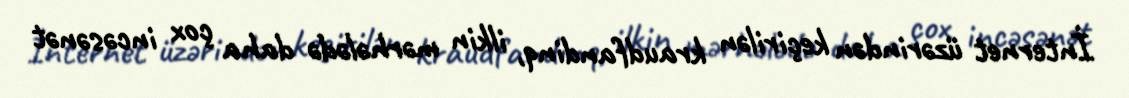
İnternet üzərindən keçirilən kraudfandinq, ilkin mərhələdə daha çox incəsənət